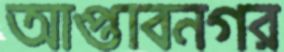
আপ্তাবনগর